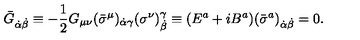
\bar { G } _ { \dot { \alpha } \dot { \beta } } \equiv - \frac 1 2 G _ { \mu \nu } ( \bar { \sigma } ^ { \mu } ) _ { \dot { \alpha } \gamma } ( \sigma ^ { \nu } ) _ { \dot { \beta } } ^ { \gamma } \equiv ( { E } ^ { a } + i { B } ^ { a } ) ( { \bar { \sigma } } ^ { a } ) _ { \dot { \alpha } \dot { \beta } } = 0 .